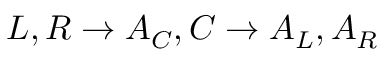
L , R \rightarrow A _ { C } , C \rightarrow A _ { L } , A _ { R }